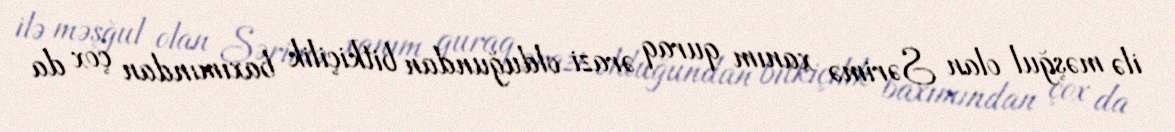
ilə məşğul olan Sərimə xanım quraq ərazi olduğundan bitkiçilik baxımından çox da